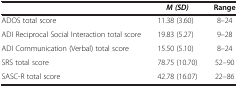
|  | M (SD) | Range |
 | --- | --- | --- |
 | ADOS total score | 11.38 (3.60) | 8–24 |
 | ADI Reciprocal Social Interaction total score | 19.83 (5.27) | 9–28 |
 | ADI Communication (Verbal) total score | 15.50 (5.10) | 8–24 |
 | SRS total score | 78.75 (10.70) | 52–90 |
 | SASC-R total score | 42.78 (16.07) | 22–86 |